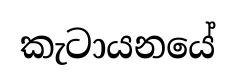
කැටායනයේ